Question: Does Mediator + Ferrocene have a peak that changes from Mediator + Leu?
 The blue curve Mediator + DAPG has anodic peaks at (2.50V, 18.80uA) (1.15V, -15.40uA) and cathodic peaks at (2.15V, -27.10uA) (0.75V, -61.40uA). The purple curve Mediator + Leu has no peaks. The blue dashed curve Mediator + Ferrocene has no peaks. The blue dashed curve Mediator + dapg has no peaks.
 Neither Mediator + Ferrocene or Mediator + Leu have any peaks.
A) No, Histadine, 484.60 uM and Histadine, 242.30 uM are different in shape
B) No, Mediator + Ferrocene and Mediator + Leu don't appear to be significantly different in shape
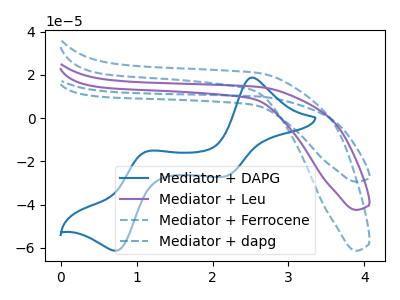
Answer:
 <answer>B) No, "Mediator + Ferrocene" and "Mediator + Leu" don't appear to be significantly different in shape</answer>
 <eval>B</eval>